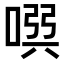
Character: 𠸃